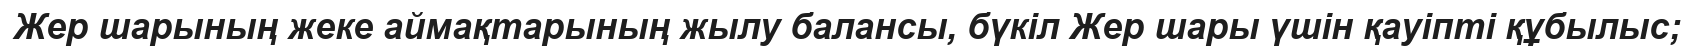
Жер шарының жеке аймақтарының жылу балансы, бүкіл Жер шары үшін қауіпті құбылыс;